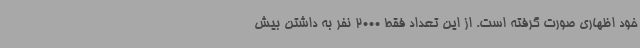
خود اظهاری صورت گرفته است. از این تعداد فقط 2000 نفر به داشتن بیش